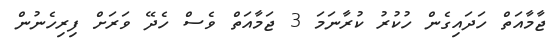
ޖާމާއަތް ހަދައިގެން ހުކުރު ކުރާނަމަ 3 ޖަމާއަތް ވެސް ހެދޭ ވަރަށް ފިރިހެނުން